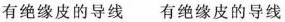
有绝缘皮的导线 有绝缘皮的导线